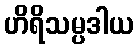
ဟိရိသမ္ပဒါယ